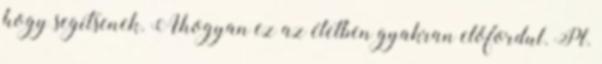
hogy segítsenek. Ahogyan ez az életben gyakran előfordul. Pl.